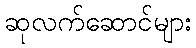
ဆုလက်ဆောင်များ